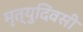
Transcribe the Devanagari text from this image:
मृत्युदिवसी